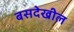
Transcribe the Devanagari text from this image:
बसदेखील